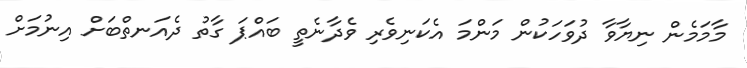
މާމަމެން ނިޔާވާ ދުވަހަކުން މަންމަ އެކަނިވެރި ވެދާނެތީ ބައްޕަ ގާތު ދެއަނތްބަށް އިނުމަށް